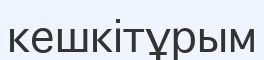
кешкітұрым